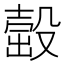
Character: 𣪹